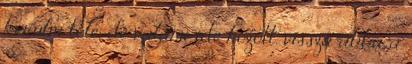
kerülni tőle, de valami ide hozott, vissza abba a